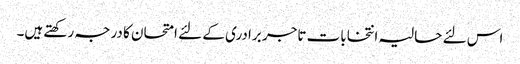
اس لئے حالیہ انتخابات تاجر برادری کے لئے امتحان کا درجہ رکھتے ہیں۔